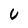
Character: U